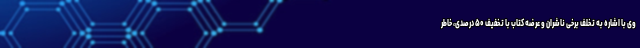
وی با اشاره به تخلف برخی ناشران و عرضه کتاب با تخفیف ۵۰ درصدی، خاطر